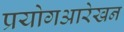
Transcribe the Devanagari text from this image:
प्रयोगआरेखन